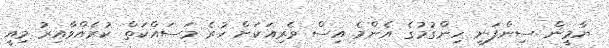
ޔާމީން ސިންފަނީ ހިންގުމުގެ އެންމެ އިސް ވެރިއަކަށް ހުރެ މަސައްކަތް ކުރެއްވާއިރު މިއީ